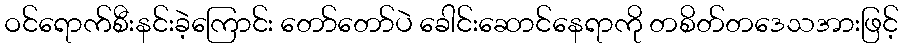
ဝင်ရောက်စီးနင်းခဲ့ကြောင်း တော်တော်ပဲ ခေါင်းဆောင်နေရာကို တစိတ်တဒေသအားဖြင့်